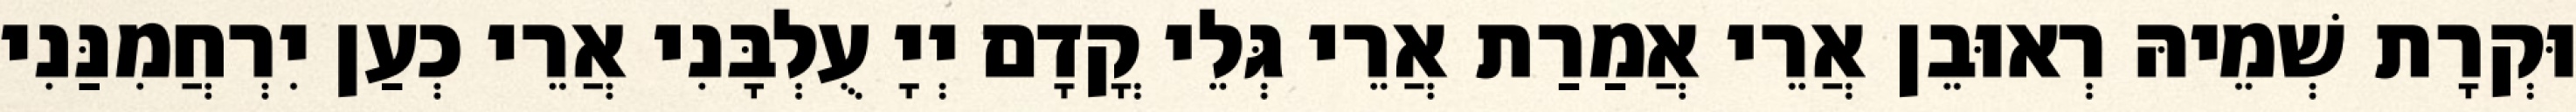
וּקְרָת שְׁמֵיהּ רְאוּבֵן אֲרֵי אֲמַרַת אֲרֵי גְּלֵי קֳדָם יְיָ עֻלְבָּנִי אֲרֵי כְעַן יִרְחֲמִנַּנִי